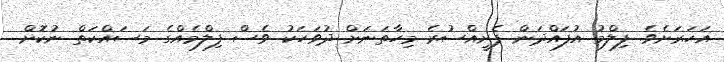
އަހަރަށެވެ. ފިލްމު އުފައްދަން ފެށީއްސުރެ މިހާތަނަށް ދުވަހަކު ވެސް ފިލްމެއްގެ މަސައްކަތް ނުކޮށް